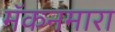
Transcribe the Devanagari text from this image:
मॅकनमारा